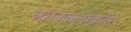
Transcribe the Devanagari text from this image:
अराजकतावादी।